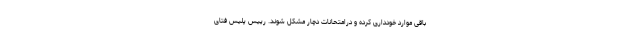
باقی موارد خودداری کرده و درامتحانات دچار مشکل شوند. رییس پلیس فتای